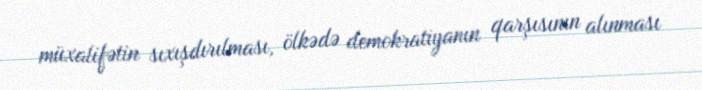
müxalifətin sıxışdırılması, ölkədə demokratiyanın qarşısının alınması